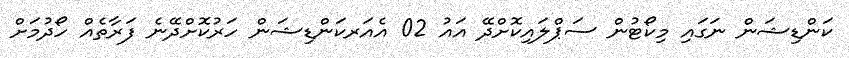
ކަންޑިޝަން ނަގައި މިކޯޓުން ސަޕްލައިކޮށްދޭ އައު 02 އެއަރކަންޑިޝަން ހަރުކޮށްދޭނެ ފަރާތެއް ހޯދުމަށް